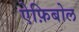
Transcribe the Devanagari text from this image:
ऐफ़िबोल